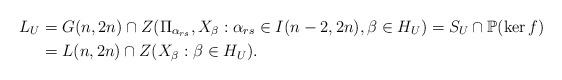
LaTeX: \begin{align*}L_U&=G(n,2n)\cap Z(\Pi_{\alpha_{rs}}, X_{\beta}: \alpha_{rs}\in I(n-2,2n), \beta\in H_U)=S_U\cap{\mathbb P}(\ker f)\\&=L(n,2n)\cap Z(X_{\beta}:\beta\in H_U).\end{align*}